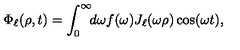
\Phi _ { \ell } ( \rho , t ) = \int _ { 0 } ^ { \infty } \! \! d \omega f ( \omega ) J _ { \ell } ( \omega \rho ) \cos ( \omega t ) ,